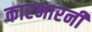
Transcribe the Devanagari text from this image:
कारभारनी